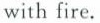
with fire.